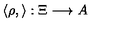
\langle \rho , \rangle : \Xi \longrightarrow A